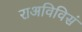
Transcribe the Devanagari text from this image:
राअविविसं